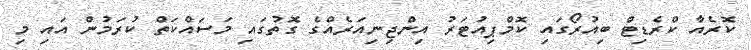
ކޮރެއާ ކްރެޑިޓް ބިއުރޯގައި ކޮމްޕިއުޓަރު އިންޖިނިއަރެއްގެ ގޮތުގައި މަސައްކަތް ކުރަމުން އައި މި